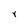
Character: Y